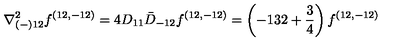
{ \nabla _ { ( - ) 1 2 } ^ { 2 } f ^ { ( 1 2 , - 1 2 ) } = 4 D _ { 1 1 } \bar { D } _ { - 1 2 } f ^ { ( 1 2 , - 1 2 ) } = \left( - 1 3 2 + { \frac { 3 } { 4 } } \right) f ^ { ( 1 2 , - 1 2 ) } }